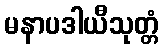
မနာပဒါယီသုတ္တံ